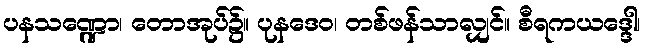
ပနသဏ္ဍော၊ တောအုပ်၌။ ပုနဒေဝ၊ တစ်ဖန်သာလျှင်။ စီရကယဒ္ဒေါ၊